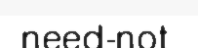
need-not